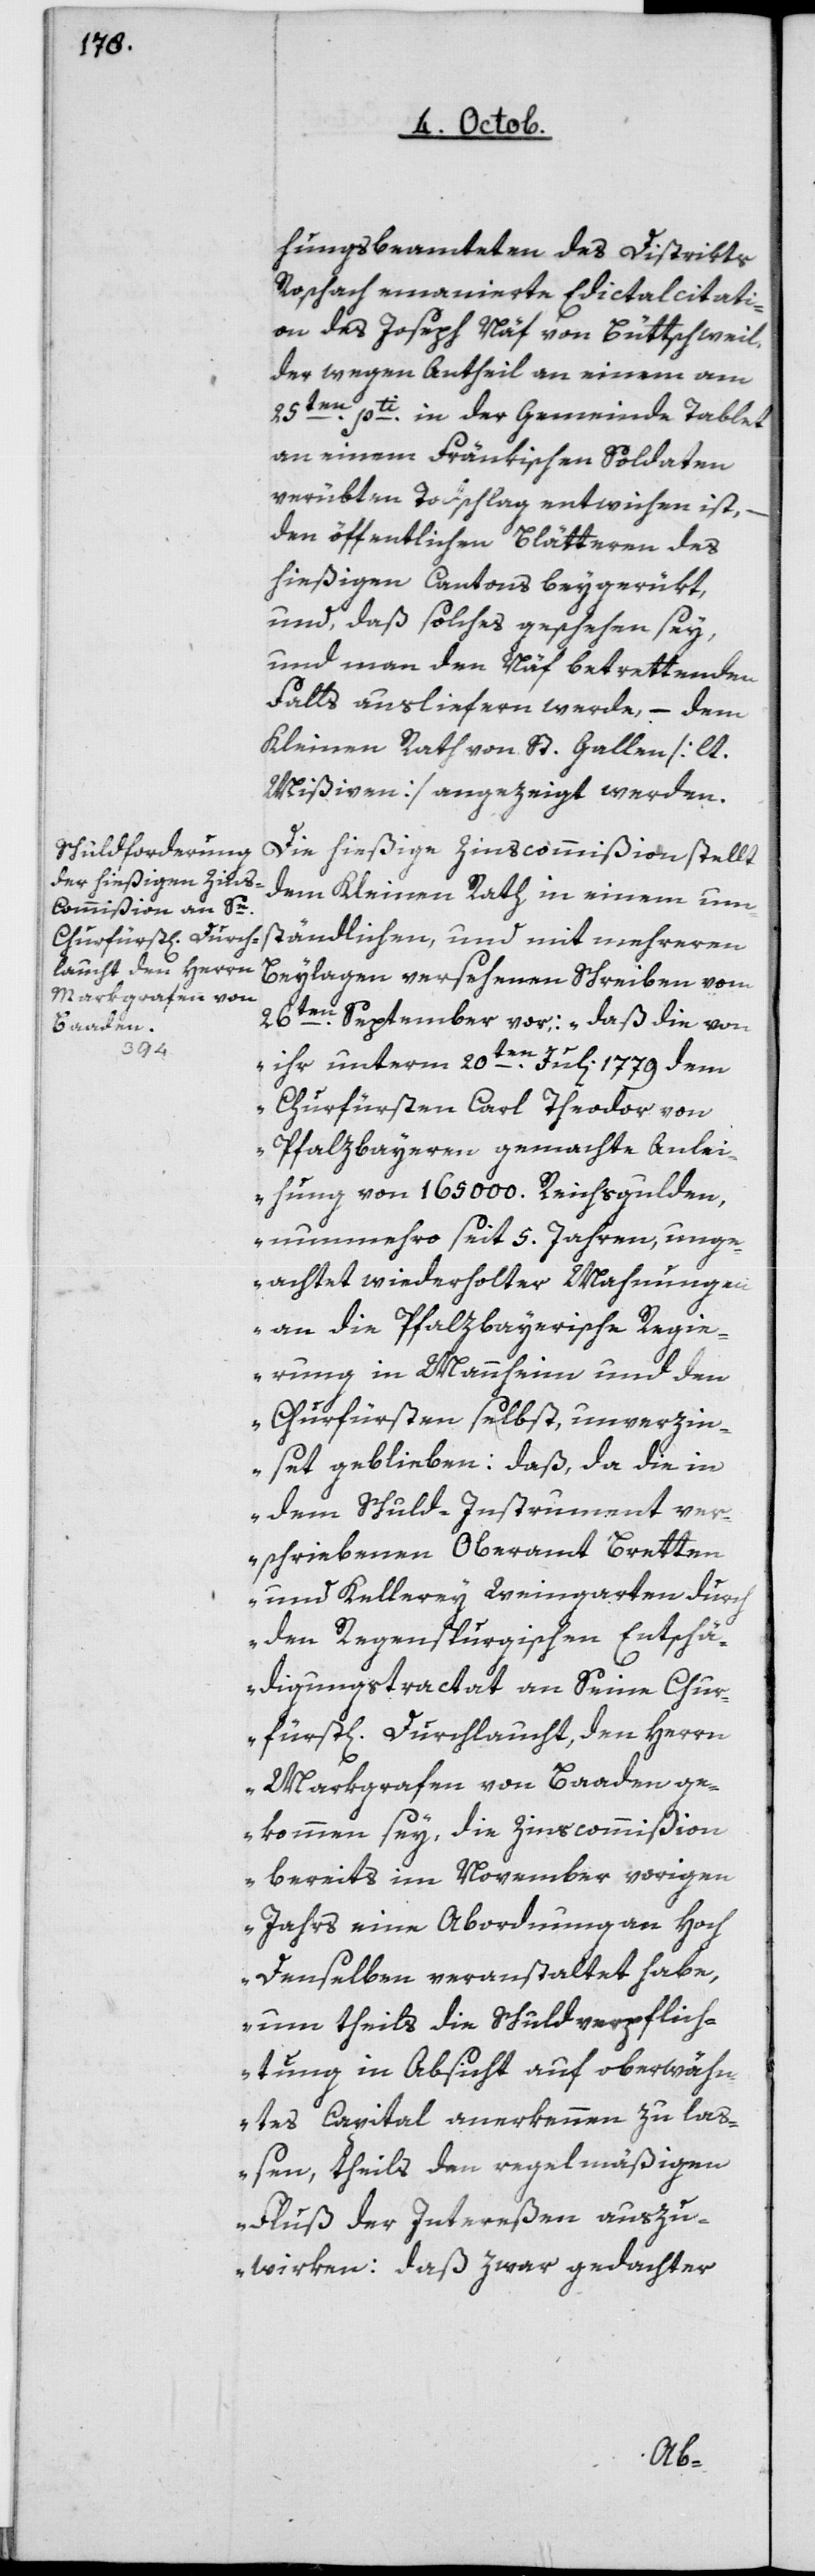
hungsbeamteten des Distrikts
Rorschach emanierte Edictalcitati¬
on des Joseph Näf von Büttschweil,
der wegen Antheil an einem am
25ten pti in der Gemeinde Tablet
an einem Fränkischen Soldaten
verübten Todschlag entwichen ist,
den öffentlichen Blätteren des
hiesigen Kantons beygerükt,
und, daß solches geschehen sey,
und man den Näf betrettenden
Falls ausliefern werde, – dem
Kleinen Rath von St. Gallen (lt.
Mißiven] angezeigt werden.
Die hiesige ZinscCommißion stellt
dem Kleinen Rath in einem um¬
ständlichen und mit mehreren
Beylagen versehenen Schreiben vom
26ten September vor: „daß die von
ihr unterm 20ten Juli 1779 dem
Churfürsten Carl Theodor von
Pfalzbayeren gemachte Anlei¬
hung von 165'000 Reichsgulden,
nunmehro seit 5 Jahren, unge¬
achtet wiederholter Mahnungen
an die Pfalzbayerische Regie¬
rung in Mannheim und den
Churfürsten selbst, unverzin¬
set geblieben; daß, da die in
dem Schuld-Instrument ver¬
schriebenen Oberamt Bretten
und Kellerey Weingarten durch
den Regenspurgischen Entschä¬
digungstractat an Seine Chur¬
fürstl. Durchlaucht, den Herrn
Markgrafen von Baden ge¬
kommen sey, die Zinscommißion
bereits im November vorigen
Jahrs eine Abordnung an Hoch
denselben veranstaltet habe,
um theils die Schuldverpflich¬
tung in Absicht auf ob erwähn¬
tes Capital anerkennen zu laß¬
en, theils den regelmäßigen
Fluß der Intereßen auszu¬
wirken: daß zwar gedachter